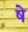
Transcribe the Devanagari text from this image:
षे